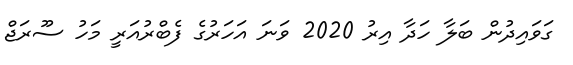
ގަވައިދުން ބަލާ ހަދާ އިރު 2020 ވަނަ އަހަރުގެ ފެބްރުއަރީ މަހު ސޫރަޖް